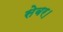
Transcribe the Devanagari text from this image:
सेबर।